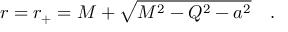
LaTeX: r = r _ { + } = M + \sqrt { M ^ { 2 } - Q ^ { 2 } - a ^ { 2 } } ~ ~ ~ .